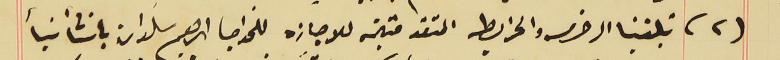
(٢) تلقينا الرخصه والخريطه المتقدمتين للاجازه للخواجا ابرهيم سَلوان بانشأ بنأ